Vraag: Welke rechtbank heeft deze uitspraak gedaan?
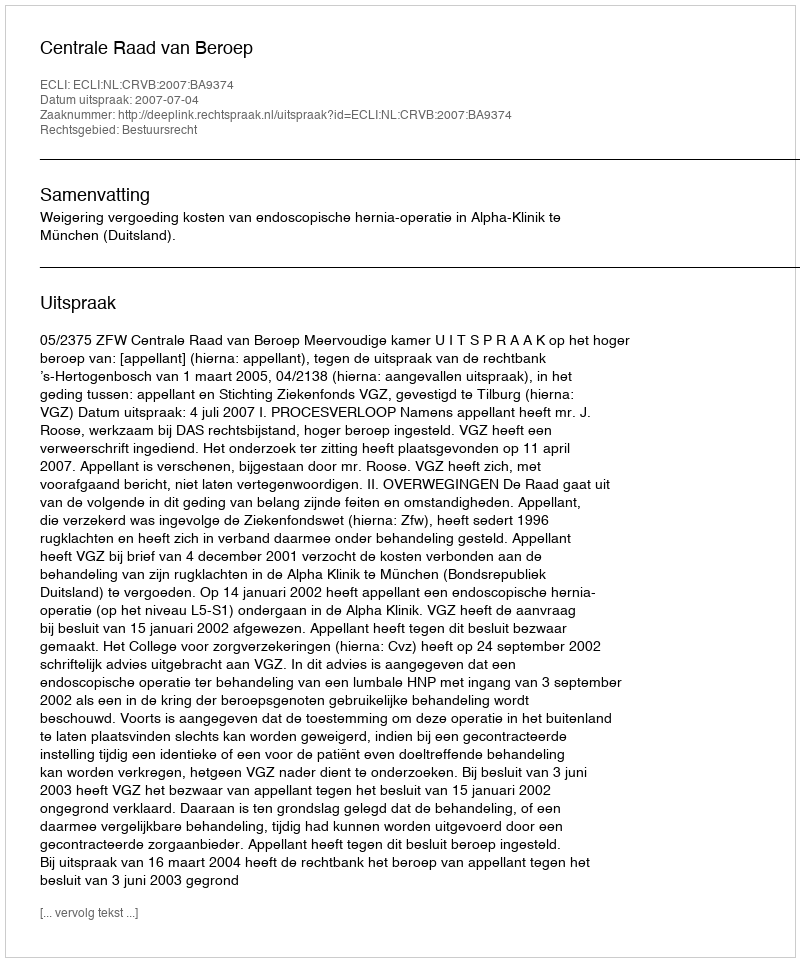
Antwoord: Centrale Raad van Beroep